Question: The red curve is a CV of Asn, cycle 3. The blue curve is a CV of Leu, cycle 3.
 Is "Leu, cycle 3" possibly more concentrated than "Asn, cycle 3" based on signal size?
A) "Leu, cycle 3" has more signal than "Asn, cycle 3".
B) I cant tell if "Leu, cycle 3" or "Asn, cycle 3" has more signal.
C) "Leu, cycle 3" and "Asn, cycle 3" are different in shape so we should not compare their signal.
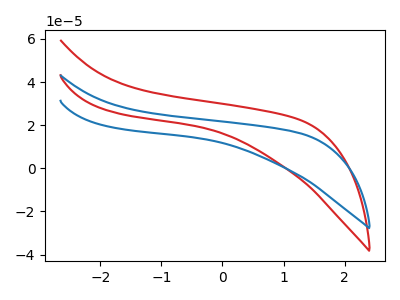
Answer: <think>The red curve "Asn, cycle 3" has no peaks. The blue curve "Leu, cycle 3" has no peaks.
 Neither "Leu, cycle 3" or "Asn, cycle 3" have any peaks.</think>
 <answer>B) I cant tell if "Leu, cycle 3" or "Asn, cycle 3" has more signal.</answer>
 <eval>B</eval>